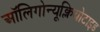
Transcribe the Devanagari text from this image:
ऑलिगोन्यूक्लियोटाइड